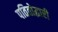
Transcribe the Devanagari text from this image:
पतितोद्धारी